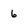
Character: 6